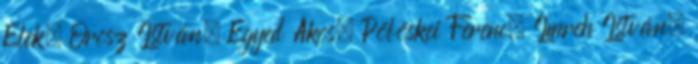
Elek, Orosz István, Egyed Ákos, Pölöskei Ferenc, Imreh István,